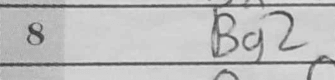
Transcription: Bg2